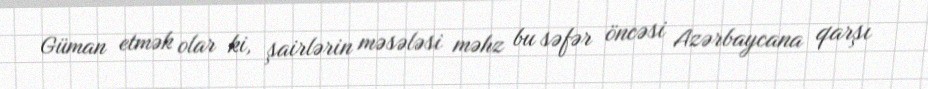
Güman etmək olar ki, şairlərin məsələsi məhz bu səfər öncəsi Azərbaycana qarşı